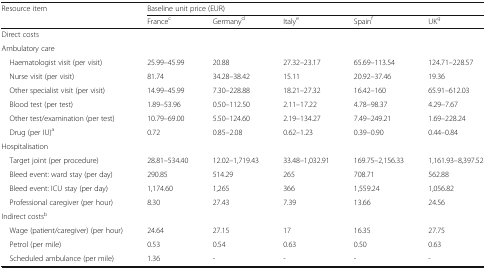
<table><thead><tr><td rowspan="2"><b>Resource item</b></td><td colspan="5"><b>Baseline unit price (EUR)</b></td></tr><tr><td><b>France<sup>c</sup></b></td><td><b>Germany<sup>d</sup></b></td><td><b>Italy<sup>e</sup></b></td><td><b>Spain<sup>f</sup></b></td><td><b>UK<sup>g</sup></b></td></tr></thead><tbody><tr><td colspan="6">Direct costs</td></tr><tr><td colspan="6">Ambulatory care</td></tr><tr><td> Haematologist visit (per visit)</td><td>25.99–45.99</td><td>20.88</td><td>27.32–23.17</td><td>65.69–113.54</td><td>124.71–228.57</td></tr><tr><td> Nurse visit (per visit)</td><td>81.74</td><td>34.28–38.42</td><td>15.11</td><td>20.92–37.46</td><td>19.36</td></tr><tr><td> Other specialist visit (per visit)</td><td>14.99–45.99</td><td>7.30–228.88</td><td>18.21–27.32</td><td>16.42–160</td><td>65.91–612.03</td></tr><tr><td> Blood test (per test)</td><td>1.89–53.96</td><td>0.50–112.50</td><td>2.11–17.22</td><td>4.78–98.37</td><td>4.29–7.67</td></tr><tr><td> Other test/examination (per test)</td><td>10.79–69.00</td><td>5.50–124.60</td><td>2.19–134.27</td><td>7.49–249.21</td><td>1.69–228.24</td></tr><tr><td> Drug (per IU)<sup>a</sup></td><td>0.72</td><td>0.85–2.08</td><td>0.62–1.23</td><td>0.39–0.90</td><td>0.44–0.84</td></tr><tr><td colspan="6">Hospitalisation</td></tr><tr><td> Target joint (per procedure)</td><td>28.81–534.40</td><td>12.02–1,719.43</td><td>33.48–1,032.91</td><td>169.75–2,156.33</td><td>1,161.93–8,397.52</td></tr><tr><td> Bleed event: ward stay (per day)</td><td>290.85</td><td>514.29</td><td>265</td><td>708.71</td><td>562.88</td></tr><tr><td> Bleed event: ICU stay (per day)</td><td>1,174.60</td><td>1,265</td><td>366</td><td>1,559.24</td><td>1,056.82</td></tr><tr><td> Professional caregiver (per hour)</td><td>8.30</td><td>27.43</td><td>7.39</td><td>13.66</td><td>24.56</td></tr><tr><td colspan="6">Indirect costs<sup>b</sup></td></tr><tr><td> Wage (patient/caregiver) (per hour)</td><td>24.64</td><td>27.15</td><td>17</td><td>16.35</td><td>27.75</td></tr><tr><td> Petrol (per mile)</td><td>0.53</td><td>0.54</td><td>0.63</td><td>0.50</td><td>0.63</td></tr><tr><td> Scheduled ambulance (per mile)</td><td>1.36</td><td>-</td><td>-</td><td>-</td><td>-</td></tr></tbody></table>